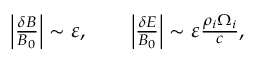
\begin{array} { r } { \left| \frac { \delta B } { B _ { 0 } } \right| \sim \varepsilon , \qquad \left| \frac { \delta E } { B _ { 0 } } \right| \sim \varepsilon \frac { \rho _ { i } \Omega _ { i } } { c } , } \end{array}